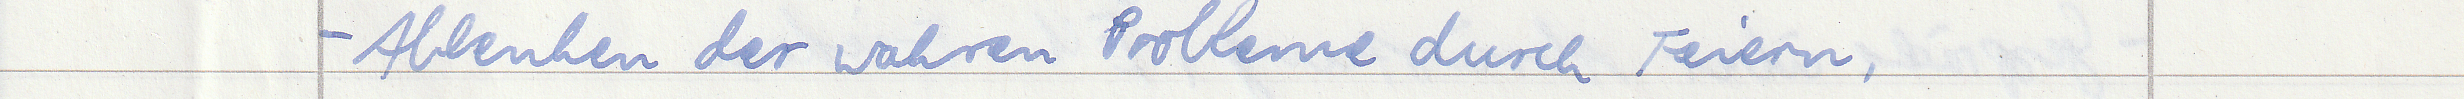
- Ablenken der wahren Probleme durch Feiern,